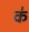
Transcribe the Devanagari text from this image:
क॑